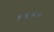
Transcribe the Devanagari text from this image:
गणकात्मक